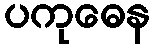
ပကုဓေန